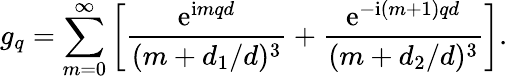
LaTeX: g_{q}=\sum_{m=0}^{\infty}\left[\frac{\mathrm{e}^{\mathrm{i}mqd}}{(m+d_{1}/d)^{3}}+\frac{\mathrm{e}^{-\mathrm{i}(m+1)qd}}{(m+d_{2}/d)^{3}}\right].